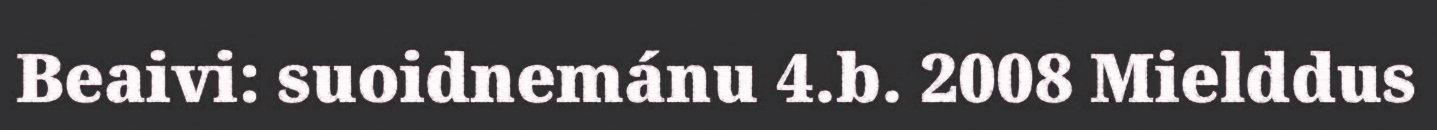
Beaivi: suoidnemánu 4.b. 2008 Mielddus